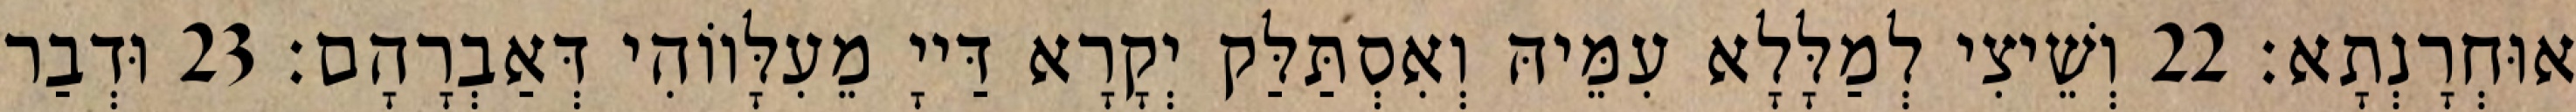
אוּחְרָנְתָא׃ 22 וְשֵׁיצִי לְמַלָּלָא עִמֵּיהּ וְאִסְתַּלַּק יְקָרָא דַּייָ מֵעִלָּווֹהִי דְּאַבְרָהָם׃ 23 וּדְבַר